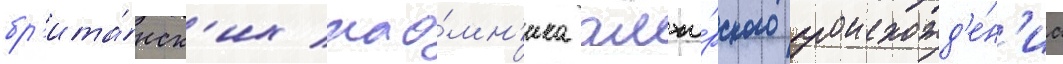
бр'ита́нск'их нао́мн'ика алжи́рского происхожд'е́н'иа